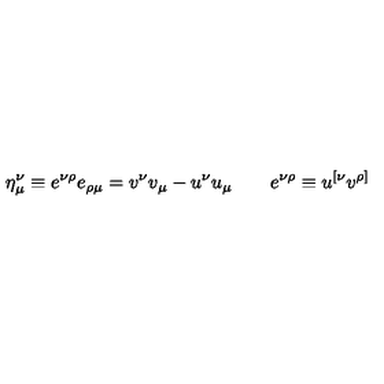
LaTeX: \eta _ { \mu } ^ { \nu } \equiv e ^ { \nu \rho } e _ { \rho \mu } = v ^ { \nu } v _ { \mu } - u ^ { \nu } u _ { \mu } \qquad e ^ { \nu \rho } \equiv u ^ { [ \nu } v ^ { \rho ] }